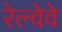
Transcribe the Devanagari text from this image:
रेल्वेवे